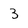
Character: 3